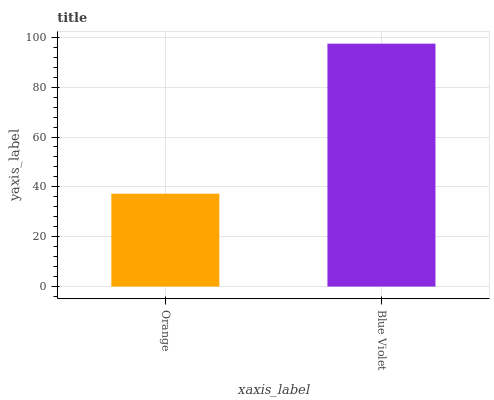
| xaxis_label | bars |
 | --- | --- |
 | Orange | 37.2 |
 | Blue Violet | 97.5 |